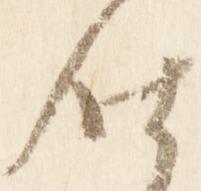
仕